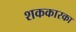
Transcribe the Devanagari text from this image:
शककारका